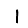
Digit: 1